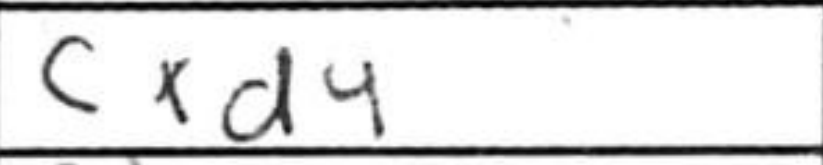
Transcription: cxd4